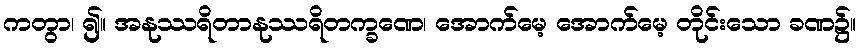
ကတွာ၊ ၍။ အနုဿရိတာနုဿရိတက္ခဏေ၊ အောက်မေ့ အောက်မေ့ တိုင်းသော ခဏ၌။